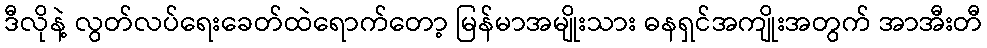
ဒီလိုနဲ့ လွတ်လပ်ရေးခေတ်ထဲရောက်တော့ မြန်မာအမျိုးသား ဓနရှင်အကျိုးအတွက် အာအီးတီ